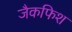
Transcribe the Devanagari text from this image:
जैकफिश